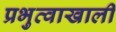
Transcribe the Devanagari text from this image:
प्रभुत्वाखाली